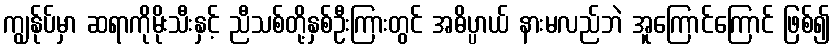
ကျွန်ုပ်မှာ ဆရာကိုမိုးသီးနှင့် ညီသစ်တို့နှစ်ဦးကြားတွင် အဓိပ္ပာယ် နားမလည်ဘဲ အူကြောင်ကြောင် ဖြစ်၍